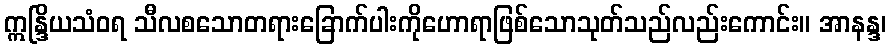
ဣန္ဒြိယသံဝရ သီလစသောတရားခြောက်ပါးကိုဟောရာဖြစ်သောသုတ်သည်လည်းကောင်း။ အာနန္ဒ၊